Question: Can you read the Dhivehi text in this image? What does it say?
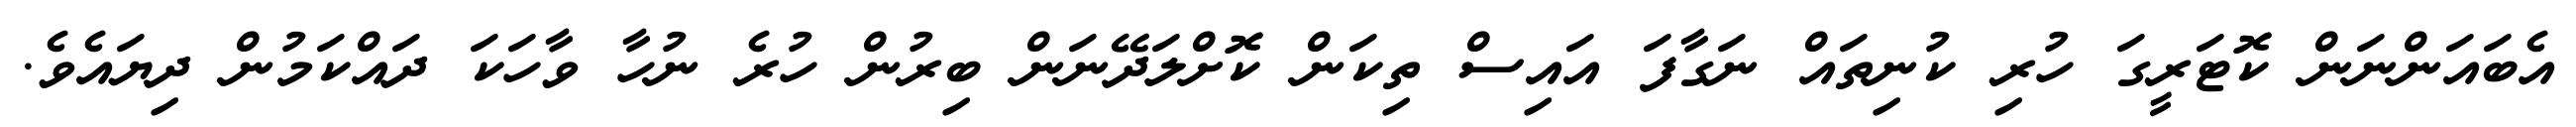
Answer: އެބައަންނަން ކޮޓަރީގަ ހުރި ކުނިތައް ނަގާފަ އައިސް ތިކަން ކޮށްލަދޭނަން ބިރުން ހުރެ ނުހާ ވާހަކަ ދައްކަމުން ދިޔައެވެ.